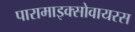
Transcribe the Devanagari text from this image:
पारामाइक्सोवायरस